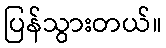
ပြန်သွားတယ်။